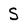
Character: S